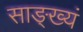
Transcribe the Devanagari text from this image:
साङ्ख्यं